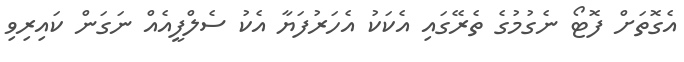
އެގޮތަށް ފޮޓޯ ނެގުމުގެ ތެރޭގައި އެކަކު އެހަރުފަޔާ އެކު ސެލްފީއެއް ނަގަން ކައިރިވި